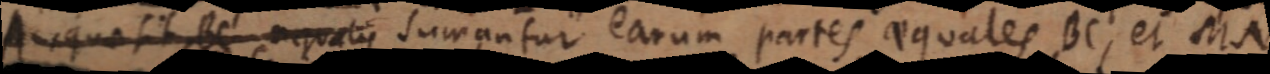
A quae sit BC aequalis sumantur earum partes aequales BC, et MN